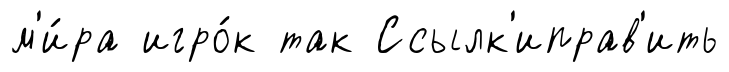
м'и́ра игро́к так Ссылк'иправ'ить